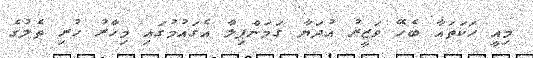
މިއީ ހަކަތައާ ބެހޭ ވަޒީރު އުދަޔާ ގަމަންޕިލާ އެގައުމުގައި މިހާރު ހުރި ތެލުގެ